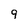
Character: 9